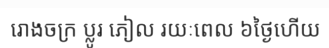
រោងចក្រ ប្លូរ ភៀល រយៈពេល ៦ថ្ងៃហើយ